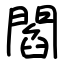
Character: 閻